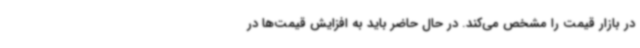
در بازار قیمت را مشخص می‌کند. در حال حاضر باید به افزایش قیمت‌ها در